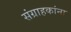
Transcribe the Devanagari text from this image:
संग्राहकांना